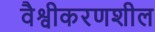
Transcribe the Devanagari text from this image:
वैश्वीकरणशील